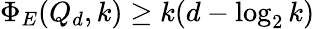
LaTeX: \Phi_{E}(Q_{d},k)\geq k(d-\log_{2}k)